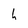
Character: h